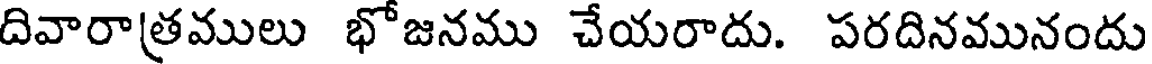
దివారాత్రములు భోజనము చేయరాదు. పరదినమునందు